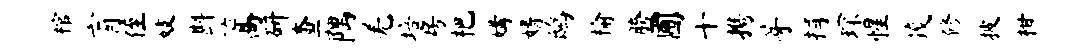
棺肓侄妓斟篙研查隅羌培房杷媾婿鸱榆胯圃十携芽捐琛惺茂修披柑